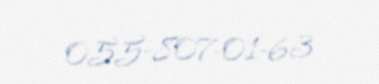
055-807-01-63